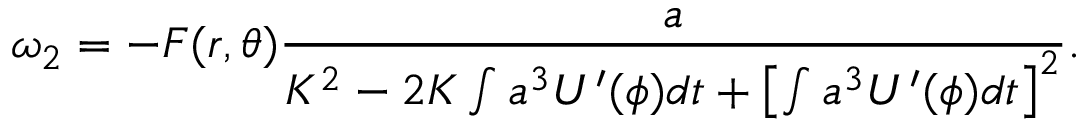
\omega _ { 2 } = - F ( r , \theta ) \frac { a } { K ^ { 2 } - 2 K \int a ^ { 3 } U ^ { \prime } ( \phi ) d t + \left[ \int a ^ { 3 } U ^ { \prime } ( \phi ) d t \right] ^ { 2 } } .